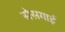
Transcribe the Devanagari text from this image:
सेसगाई